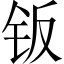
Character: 钣